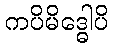
ကပိမိဒ္ဓေါပိ